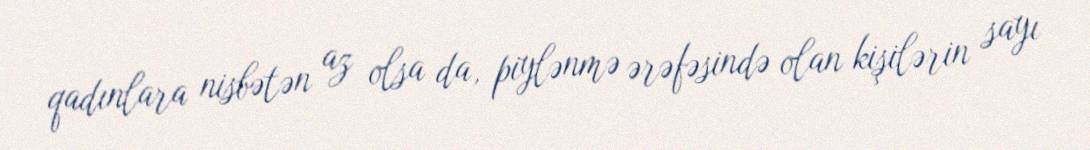
qadınlara nisbətən az olsa da, piylənmə ərəfəsində olan kişilərin sayı